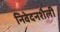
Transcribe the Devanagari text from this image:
निवेदनशैली